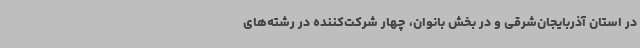
در استان آذربایجان‌شرقی و در بخش بانوان، چهار شرکت‌کننده در رشته‌های